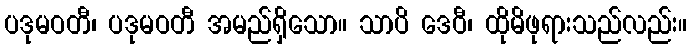
ပဒုမဝတီ၊ ပဒုမဝတီ အမည်ရှိသော။ သာပိ ဒေဝီ၊ ထိုမိဖုရားသည်လည်း။